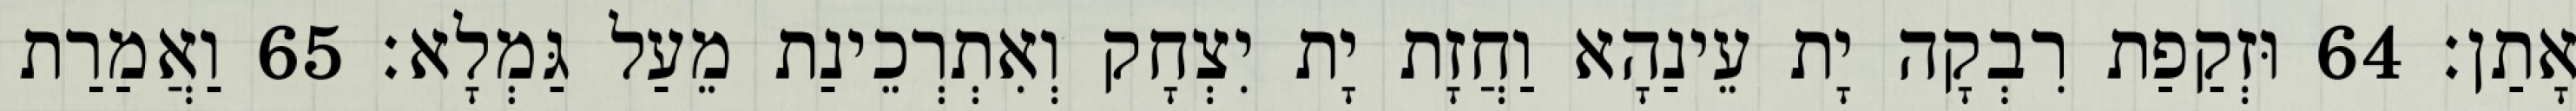
אָתַן׃ 64 וּזְקַפַת רִבְקָה יָת עֵינַהָא וַחֲזָת יָת יִצְחָק וְאִתְרְכֵינַת מֵעַל גַּמְלָא׃ 65 וַאֲמַרַת